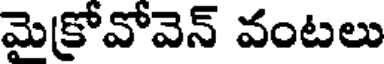
మెక్రోవోవెన్ వంటలు